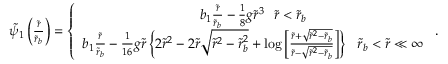
\begin{array} { r } { \tilde { \psi } _ { 1 } \left( \frac { \tilde { r } } { \tilde { r } _ { b } } \right) = \left\{ \begin{array} { c } { b _ { 1 } \frac { \tilde { r } } { \tilde { r } _ { b } } - \frac { 1 } { 8 } g \tilde { r } ^ { 3 } ~ ~ \tilde { r } < \tilde { r } _ { b } } \\ { b _ { 1 } \frac { \tilde { r } } { \tilde { r } _ { b } } - \frac { 1 } { 1 6 } g \tilde { r } \left\{ 2 \tilde { r } ^ { 2 } - 2 \tilde { r } \sqrt { \tilde { r } ^ { 2 } - \tilde { r } _ { b } ^ { 2 } } + \log \left[ \frac { \tilde { r } + \sqrt { \tilde { r } ^ { 2 } - \tilde { r } _ { b } } } { \tilde { r } - \sqrt { \tilde { r } ^ { 2 } - \tilde { r } _ { b } } } \right] \right\} ~ ~ \tilde { r } _ { b } < \tilde { r } \ll \infty } \end{array} \right. . } \end{array}